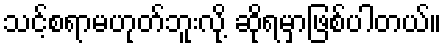
သင့်စရာမဟုတ်ဘူးလို့ ဆိုရမှာဖြစ်ပါတယ်။